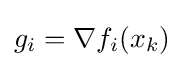
g_{i}=\nabla f_{i}(x_{k})